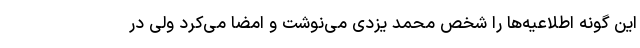
این گونه اطلاعیه‌ها را شخص محمد یزدی می‌نوشت و امضا می‌کرد ولی در